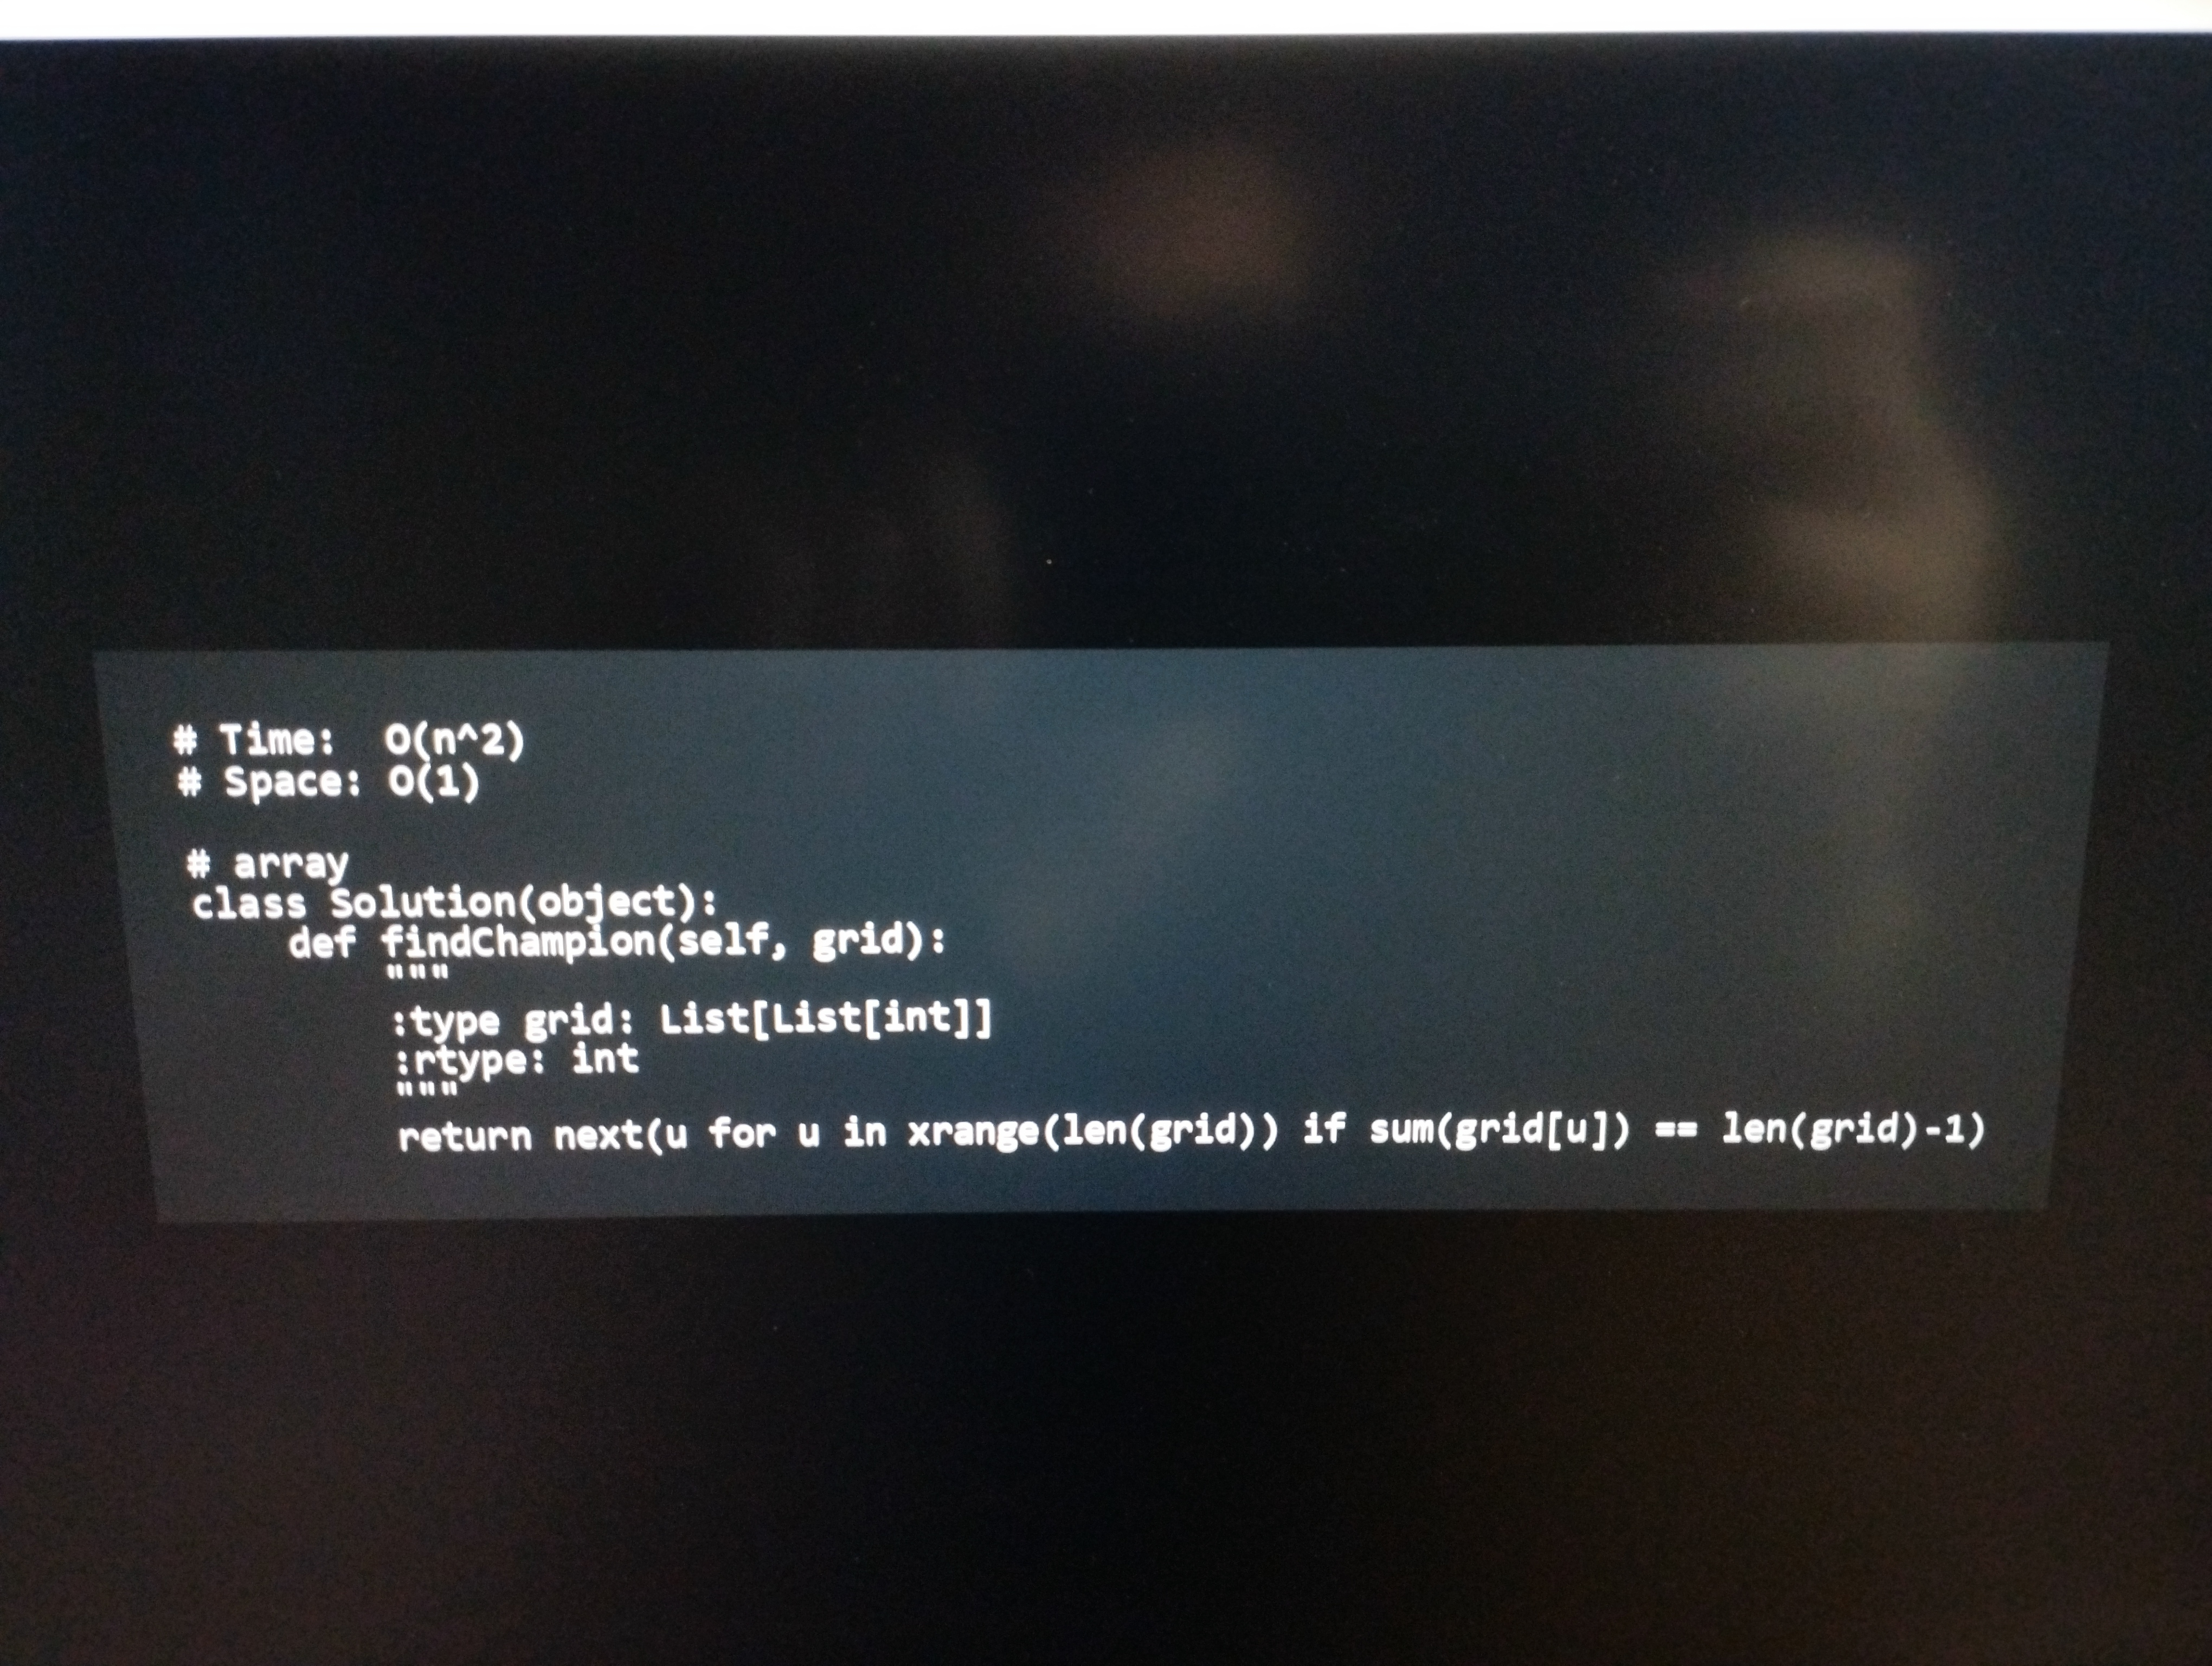
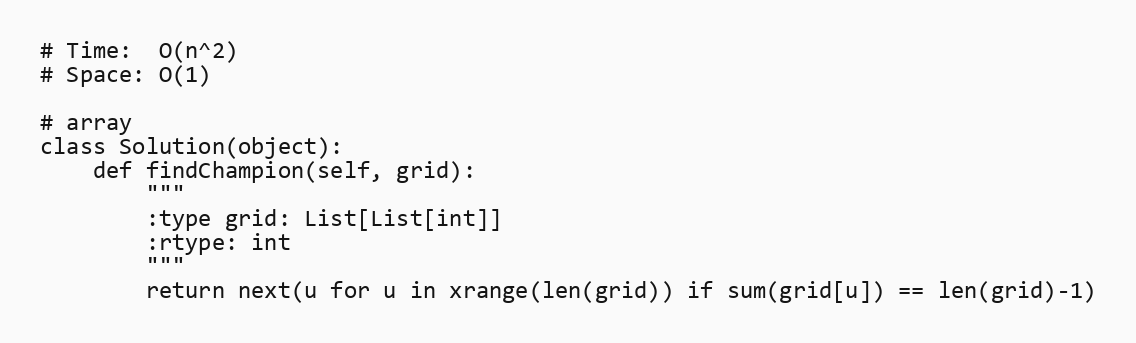
# Time:  O(n^2)
# Space: O(1)

# array
class Solution(object):
    def findChampion(self, grid):
        """
        :type grid: List[List[int]]
        :rtype: int
        """
        return next(u for u in xrange(len(grid)) if sum(grid[u]) == len(grid)-1)